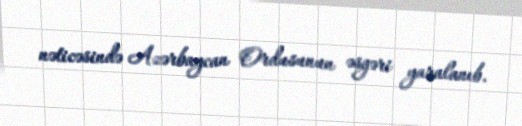
nəticəsində Azərbaycan Ordusunun əsgəri yaralanıb.